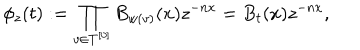
LaTeX: \phi _ { z } ( t ) : = \prod _ { v \in T ^ { [ 0 ] } } B _ { w ( v ) } ( x ) z ^ { - n x } = B _ { t } ( x ) z ^ { - n x } ,